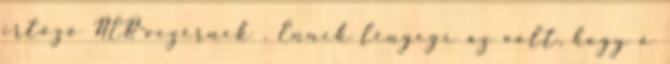
irtózó NER-vezérnek . Ennek lényege az volt, hogy ő